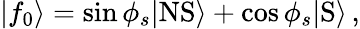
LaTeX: |f_{0}\rangle=\sin\phi_{s}|\mathrm{NS}\rangle+\cos\phi_{s}|\mathrm{S}\rangle\, ,